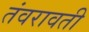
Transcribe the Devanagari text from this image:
तंवरावती